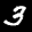
Label: 3